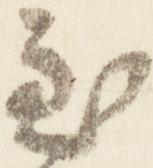
至